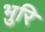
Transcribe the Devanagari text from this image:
भुरि